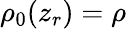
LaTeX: \rho_{0}(z_{r})=\rho